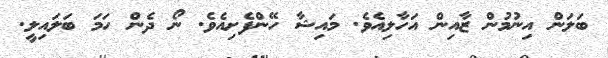
ބަލަން އިނުމުން ޒާއިން އަހާލިއެވެ. މައިޝާ ހޭންފެށިއެވެ. ނޯ ދެން ހަމަ ބަލައިލީ.